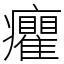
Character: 癯